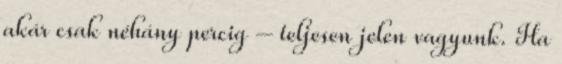
akár csak néhány percig – teljesen jelen vagyunk. Ha